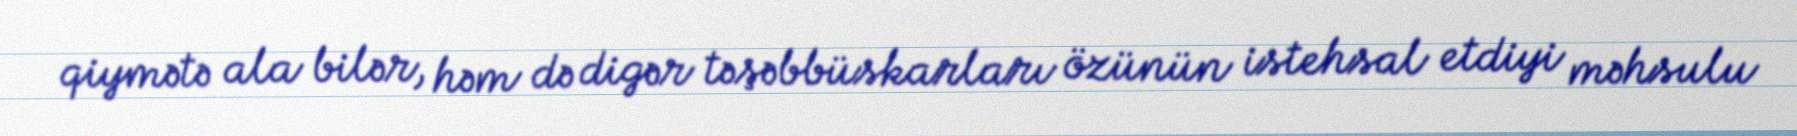
qiymətə ala bilər, həm də digər təşəbbüskarları özünün istehsal etdiyi məhsulu